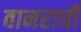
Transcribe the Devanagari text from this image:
वानराची